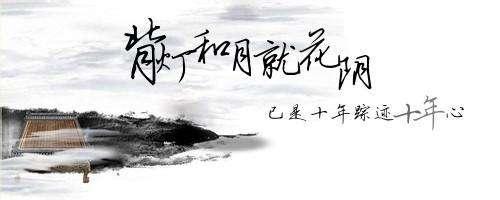
但恨处非位，怆悢使心伤。